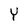
Character: Y